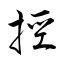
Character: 挳